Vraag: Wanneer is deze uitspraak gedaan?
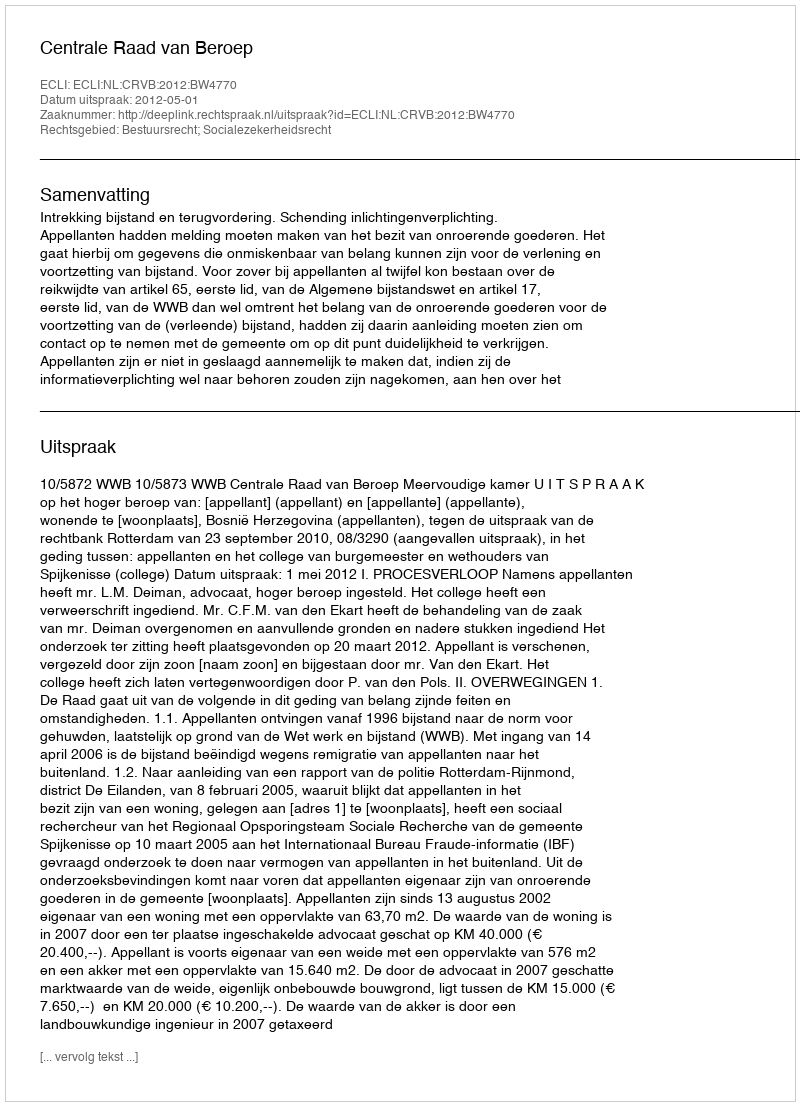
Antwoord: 2012-05-01